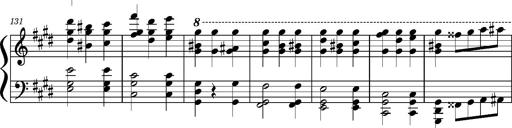
Title: Concerto sans orchestre, S.524a
Composer: Franz Liszt
Key: A major